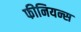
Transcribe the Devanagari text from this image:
फीनियन्स